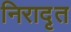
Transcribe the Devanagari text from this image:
निरादृत